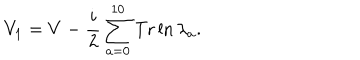
V _ { 1 } = V - { \frac { i } { 2 } } \sum _ { a = 0 } ^ { 1 0 } \mathrm { T r } \ln \lambda _ { a } .